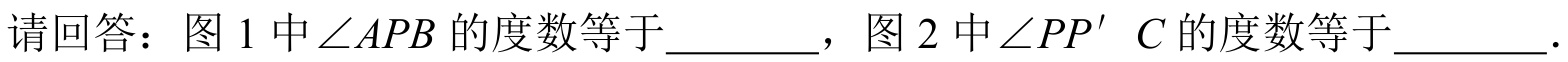
请回答：图 1 中\(\angle APB\)的度数等于________，图 2 中\(\angle PP'C\)的度数等于________.